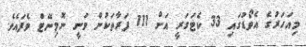
މިއަހަރުގެ އެވޯޑުގައި 33 ކެޓަގަރީ އަށް 111 ފަރާތަކުން ވަނީ ނޮމިނޭޓް ވެފައެވެ.